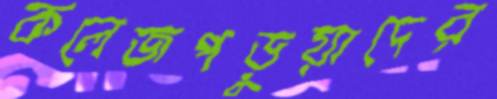
কলেজপড়ুয়াদের